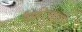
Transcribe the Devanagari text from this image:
हल्लीच्याच